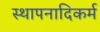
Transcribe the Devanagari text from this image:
स्थापनादिकर्म